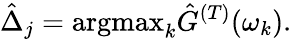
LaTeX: \hat{\Delta}_{j}=\mathrm{argmax}_{k}\hat{G}^{(T)}(\omega_{k}).